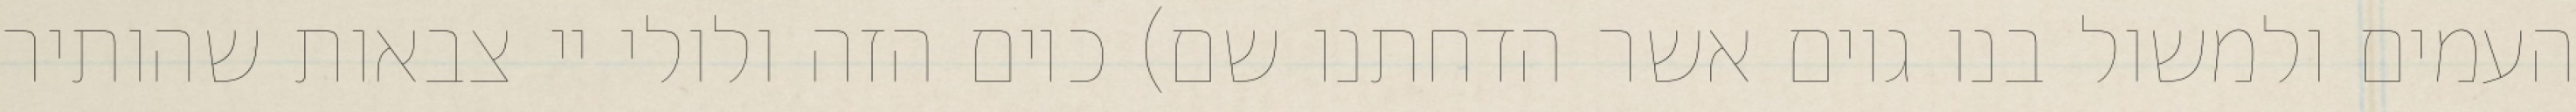
העמים ולמשול בנו גוים אשר הדחתנו שם) כיום הזה ולולי יי צבאות שהותיר